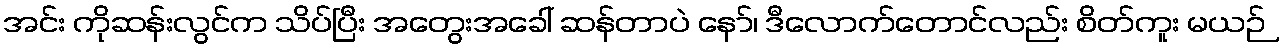
အင်း ကိုဆန်းလွင်က သိပ်ပြီး အတွေးအခေါ် ဆန်တာပဲ နော်၊ ဒီလောက်တောင်လည်း စိတ်ကူး မယဉ်